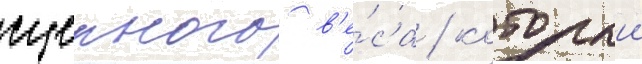
сцепного в'е́са / которыи